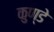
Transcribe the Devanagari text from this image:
कुण्डे